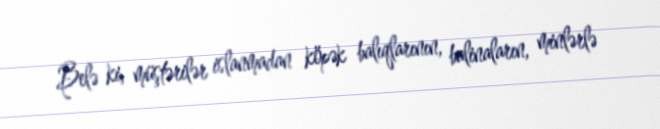
Belə ki, müştərilər islanmadan köpək balıqlarının, balinaların, minlərlə